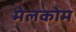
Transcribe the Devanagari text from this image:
मेलकोम